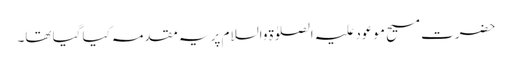
حضرت مسیح موعود علیہ الصلوٰۃ والسلام پر یہ مقدمہ کیا گیا تھا۔